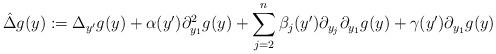
LaTeX: \begin{align*}\hat{\Delta} g (y):=\Delta_{y^\prime} g(y) + \alpha(y^\prime) \partial_{y_1}^2 g(y) +\sum_{j=2}^n \beta_j(y^\prime) \partial_{y_j} \partial_{y_1} g(y) + \gamma(y^\prime) \partial_{y_1} g(y)\end{align*}